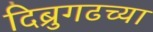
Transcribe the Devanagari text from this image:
दिब्रुगढच्या